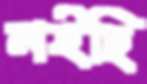
নইছি